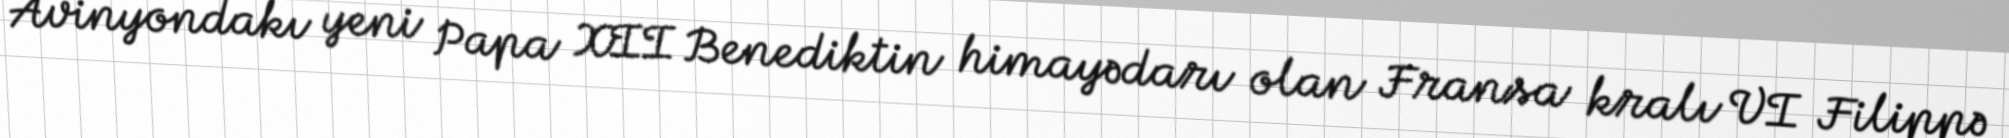
Avinyondakı yeni Papa XII Benediktin himayədarı olan Fransa kralı VI Filippə